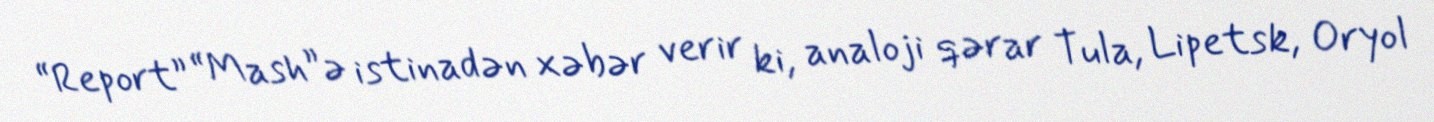
“Report” “Mash”ə istinadən xəbər verir ki, analoji qərar Tula, Lipetsk, Oryol